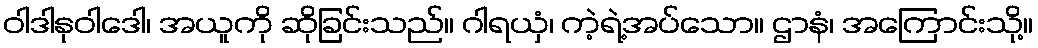
ဝါဒါနုဝါဒေါ၊ အယူကို ဆိုခြင်းသည်။ ဂါရယှံ၊ ကဲ့ရဲ့အပ်သော။ ဌာနံ၊ အကြောင်းသို့။